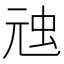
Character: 𮓸